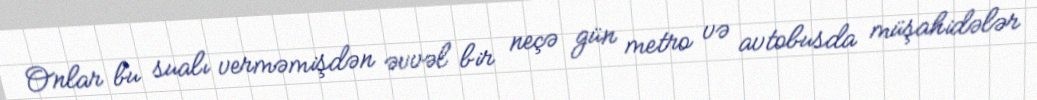
Onlar bu sualı verməmişdən əvvəl bir neçə gün metro və avtobusda müşahidələr